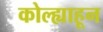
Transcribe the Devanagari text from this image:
कोल्ह्याहून